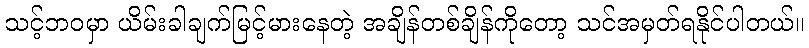
သင့်ဘဝမှာ ယိမ်းခါချက်မြင့်မားနေတဲ့ အချိန်တစ်ချိန်ကိုတော့ သင်အမှတ်ရနိုင်ပါတယ်။